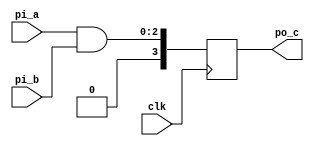
module  a_and_b(
    input   wire            clk,
    input   wire    [1:0]   pi_a,
    input   wire    [2:0]   pi_b,
    output  reg     [3:0]   po_c
);

parameter W = 15;

reg     [7:0]   counter = 8'd255; // 8'hff //8'b1111_1111
// 8'd81 8'h51 8'b0101_0001
// 255 32bit
// reg [3:0] counter = 255
// counter = 4'b0001
wire    [W:0]   interface_a;

always @(posedge clk)begin
    po_c <= pi_a & pi_b;
end

endmodule